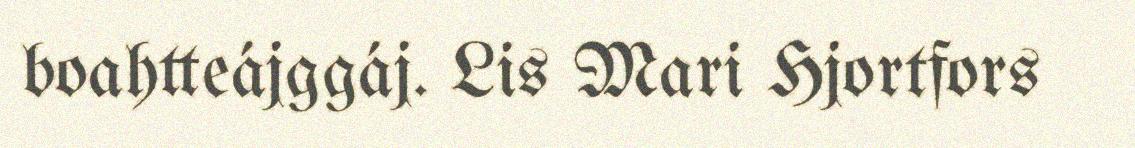
boahtteájggáj. Lis Mari Hjortfors